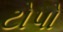
ટોપો